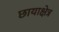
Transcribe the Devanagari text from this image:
छायाक्षेत्र